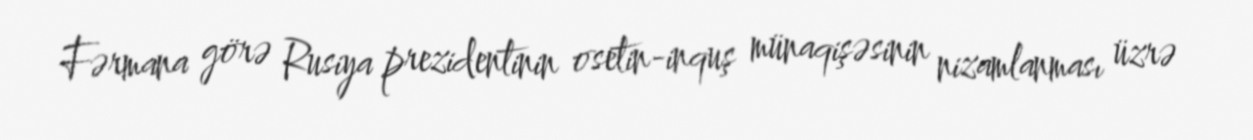
Fərmana görə Rusiya prezidentinin osetin-inquş münaqişəsinin nizamlanması üzrə